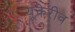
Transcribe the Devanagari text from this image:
यूकेरीव